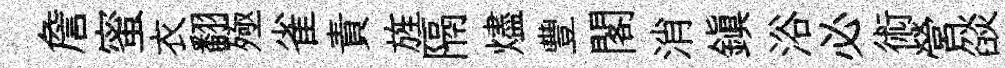
詹蜜衣翻殛雀責旌隔燼豐閣消鎮浴必術營燄